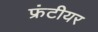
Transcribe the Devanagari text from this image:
फ्रंटीयर